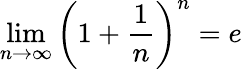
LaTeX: \operatorname*{lim}_{n\to\infty}\left(1+{\frac{1}{n}}\right)^{n}=e